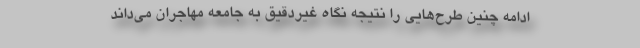
ادامه چنین طرح‌هایی را نتیجه نگاه غیردقیق به جامعه مهاجران می‌داند